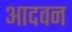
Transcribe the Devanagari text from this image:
आदवन